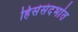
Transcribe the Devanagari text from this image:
हिंसेसंदर्भात